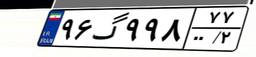
۹۶گ۹۹۸۷۷